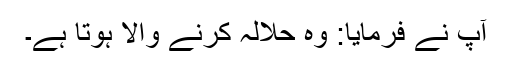
آپ نے فرمایا: وہ حلالہ کرنے والا ہوتا ہے۔